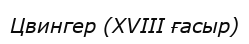
Цвингер (XVIII ғасыр)